Lunatic asylums Central Provinces reports 1895-1909 - 1895-1909
Year: 1895
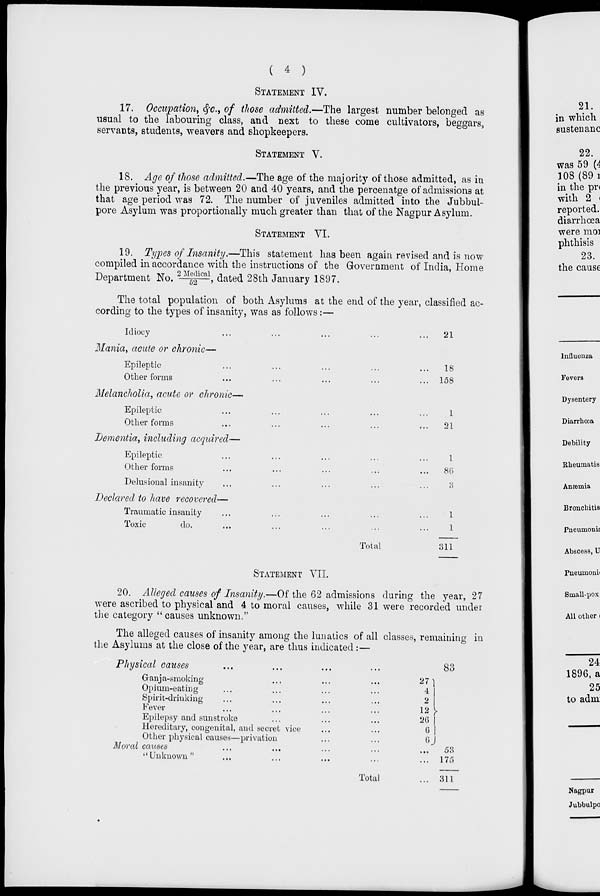
( 4 )
STATEMENT IV.
17. Occupation, &c., of those admitted.—The largest number belonged as
usual to the labouring class, and next to these come cultivators, beggars,
servants, students, weavers and shopkeepers.
STATEMENT V.
18. Age of those admitted.—The age of the majority of those admitted, as in
the previous year, is between 20 and 40 years, and the percenatge of admissions at
that age period was 72. The number of juveniles admitted into the Jubbul-
pore Asylum was proportionally much greater than that of the Nagpur Asylum.
STATEMENT VI.
19. Types of Insanity.—This statement has been again revised and is now
compiled in accordance with the instructions of the Government of India, Home
Department No. 2 Medical/52, dated 28th January 1897.
The total population of both Asylums at the end of the year, classified ac-
cording to the types of insanity, was as follows :—
Idiocy ... ... ... ... ...
Mania, acute or chronic—
Epileptic ... ... ... ... ...
Other forms ... ... ... ... ...
Melancholia, acute or chronic—
Epileptic ... ... ... ... ...
Other forms ... ... ... ... ...
Dementia, including acquired—
Epileptic ... ... ... ... ...
Other forms ... ... ... ... ...
Delusional insanity ... ... ... ... ...
Declared to have recovered—
Traumatic insanity ... ... ... ... ...
Toxic
do. ... ... ... ... ...
Total
21
18
158
1
21
1
86
3
1
1
311
STATEMENT VII.
20. Alleged causes of Insanity.—Of the 62 admissions during the year, 27
were ascribed to physical and 4 to moral causes, while 31 were recorded under
the category "causes unknown."
The alleged causes of insanity among the lunatics of all classes, remaining in
the Asylums at the close of the year, are thus indicated :—
Physical causes ... ... ... ...
Ganja-smoking ... ... ... ...
Opium-eating ... ... ... ...
Spirit-drinking ... ... ... ...
Fever ... ... ... ... ...
Epilepsy and sunstroke ... ... ...
Hereditary, congenital, and secret vice ... ...
Other physical causes—privation ... ...
Moral causes ... ... ... ...
"Unknown" ... ... ... ...
Total
27
4
2
12
26
6
6
...
...
...
83
53
175
311